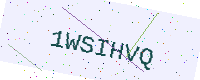
Text: 1WSIHVQ